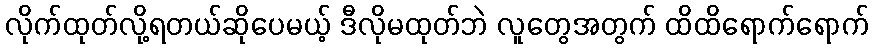
လိုက်ထုတ်လို့ရတယ်ဆိုပေမယ့် ဒီလိုမထုတ်ဘဲ လူတွေအတွက် ထိထိရောက်ရောက်